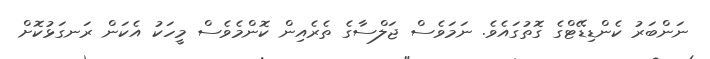
ނަންބަރު ކެންޑިޑޭޓްގެ ގޮތުގައެވެ. ނަމަވެސް ޖަލްސާގެ ތެރެއިން ކޮންމެވެސް މީހަކު އެކަން ރަނގަޅުކޮށް